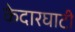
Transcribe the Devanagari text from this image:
केदारघाटी